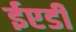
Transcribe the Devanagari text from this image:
ईएडी